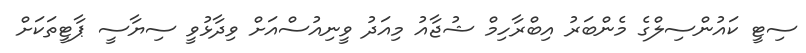
ސިޓީ ކައުންސިލްގެ މެންބަރު އިބްރާހިމް ޝުޖާއު މިއަދު ވީނިއުސްއަށް ވިދާޅުވީ ސިޔާސީ ޕާޓީތަކަށް